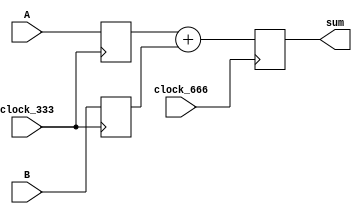
module multpath(clock_333, clock_666, A, B, sum);
	
	localparam  input_width = 4;
	localparam  sum_width   = 5;
	
	input 	   clock_333;
	input 	   clock_666; //twice as fast as clock_333
	input 	  [input_width-1:0] A,B;
	reg 		  [input_width-1:0] reg_A, reg_B;
	output reg [sum_width-1:0]   sum;
	wire       [sum_width-1:0]   reg_sum;	
	wire enable;
	
	always @(posedge clock_333)
	begin
		reg_A <= A;
		reg_B <= B;
	end

	assign reg_sum = reg_A + reg_B;	
	
	always @(posedge clock_666)
	begin
			sum <= reg_sum;
	end	
	
endmodule